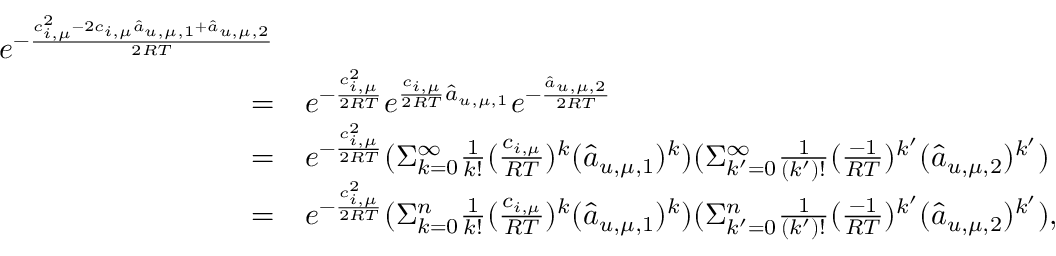
\begin{array} { r l } { e ^ { - \frac { c _ { i , \mu } ^ { 2 } - 2 c _ { i , \mu } \hat { a } _ { u , \mu , 1 } + \hat { a } _ { u , \mu , 2 } } { 2 R T } } } \\ { = } & { e ^ { - \frac { c _ { i , \mu } ^ { 2 } } { 2 R T } } e ^ { \frac { c _ { i , \mu } } { 2 R T } \hat { a } _ { u , \mu , 1 } } e ^ { - \frac { \hat { a } _ { u , \mu , 2 } } { 2 R T } } } \\ { = } & { e ^ { - \frac { c _ { i , \mu } ^ { 2 } } { 2 R T } } ( \Sigma _ { k = 0 } ^ { \infty } \frac { 1 } { k ! } ( \frac { c _ { i , \mu } } { R T } ) ^ { k } ( \hat { a } _ { u , \mu , 1 } ) ^ { k } ) ( \Sigma _ { k ^ { \prime } = 0 } ^ { \infty } \frac { 1 } { ( k ^ { \prime } ) ! } ( \frac { - 1 } { R T } ) ^ { k ^ { \prime } } ( \hat { a } _ { u , \mu , 2 } ) ^ { k ^ { \prime } } ) } \\ { = } & { e ^ { - \frac { c _ { i , \mu } ^ { 2 } } { 2 R T } } ( \Sigma _ { k = 0 } ^ { n } \frac { 1 } { k ! } ( \frac { c _ { i , \mu } } { R T } ) ^ { k } ( \hat { a } _ { u , \mu , 1 } ) ^ { k } ) ( \Sigma _ { k ^ { \prime } = 0 } ^ { n } \frac { 1 } { ( k ^ { \prime } ) ! } ( \frac { - 1 } { R T } ) ^ { k ^ { \prime } } ( \hat { a } _ { u , \mu , 2 } ) ^ { k ^ { \prime } } ) , } \end{array}